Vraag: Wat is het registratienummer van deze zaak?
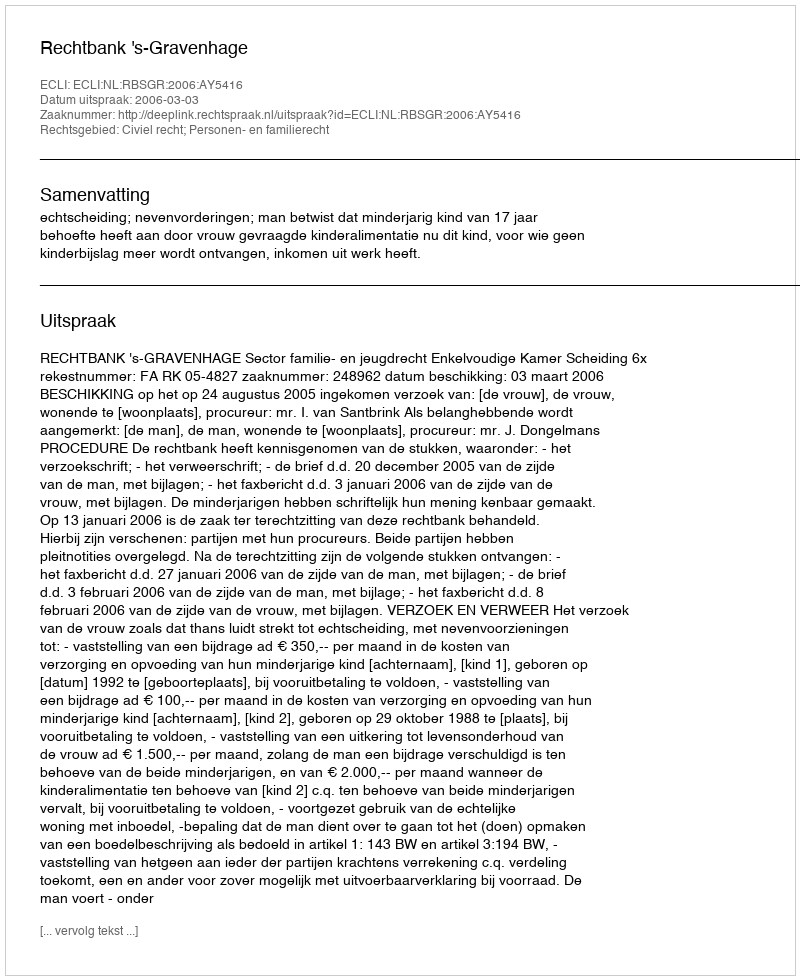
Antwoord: http://deeplink.rechtspraak.nl/uitspraak?id=ECLI:NL:RBSGR:2006:AY5416